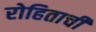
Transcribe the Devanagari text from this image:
रोहिताची